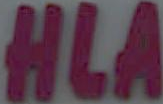
HLA